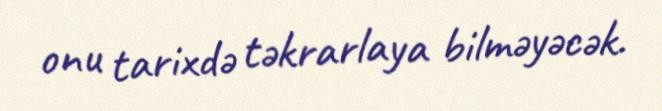
onu tarixdə təkrarlaya bilməyəcək.